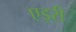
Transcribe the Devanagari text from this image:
एइरी